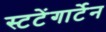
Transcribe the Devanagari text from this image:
स्टटेंगार्टेन